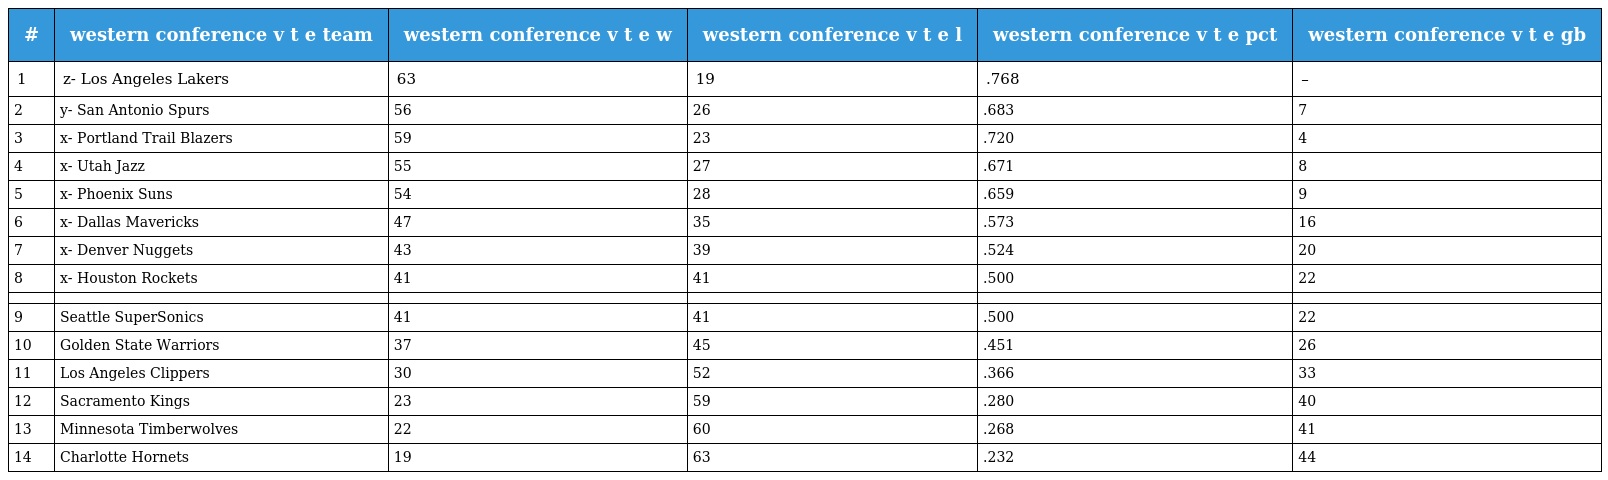
| # | western conference v t e team | western conference v t e w | western conference v t e l | western conference v t e pct | western conference v t e gb |
 | --- | --- | --- | --- | --- | --- |
 | 1 | z- Los Angeles Lakers | 63 | 19 | .768 | – |
 | 2 | y- San Antonio Spurs | 56 | 26 | .683 | 7 |
 | 3 | x- Portland Trail Blazers | 59 | 23 | .720 | 4 |
 | 4 | x- Utah Jazz | 55 | 27 | .671 | 8 |
 | 5 | x- Phoenix Suns | 54 | 28 | .659 | 9 |
 | 6 | x- Dallas Mavericks | 47 | 35 | .573 | 16 |
 | 7 | x- Denver Nuggets | 43 | 39 | .524 | 20 |
 | 8 | x- Houston Rockets | 41 | 41 | .500 | 22 |
 |  |  |  |  |  |  |
 | 9 | Seattle SuperSonics | 41 | 41 | .500 | 22 |
 | 10 | Golden State Warriors | 37 | 45 | .451 | 26 |
 | 11 | Los Angeles Clippers | 30 | 52 | .366 | 33 |
 | 12 | Sacramento Kings | 23 | 59 | .280 | 40 |
 | 13 | Minnesota Timberwolves | 22 | 60 | .268 | 41 |
 | 14 | Charlotte Hornets | 19 | 63 | .232 | 44 |